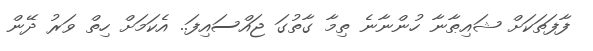
ފާފަތަކަށް ޝައިޠާނާ ހުންނާނެ ތިމާ ގާތުގަ ޖައްސައިފަ.. އެކަމަށް ހިތް ވަރު ދޭން